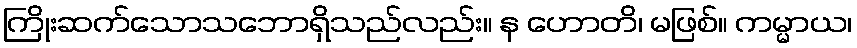
ကြိုးဆက်သောသဘောရှိသည်လည်း။ န ဟောတိ၊ မဖြစ်။ ကမ္မာယ၊